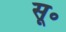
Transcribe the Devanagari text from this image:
सू॰